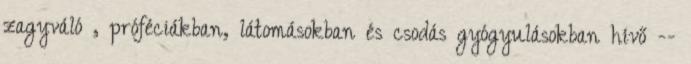
zagyváló , próféciákban, látomásokban és csodás gyógyulásokban hívő --